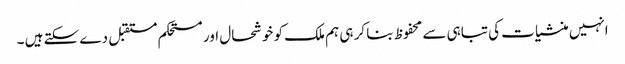
انہیں منشیات کی تباہی سے محفوظ بنا کر ہی ہم ملک کو خوشحال اور مستحکم مستقبل دے سکتے ہیں ۔